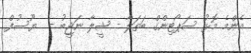
އެންމެ މޮޅު ސަޕޯޓިންގް ބަތަލާ - ޝީލާ ނަޖީބު -  ޔޫސުފް